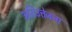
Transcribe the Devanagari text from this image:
अतिउत्तेजना